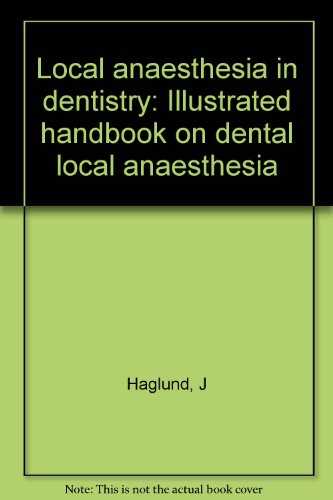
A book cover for Local anaesthesia in dentistry: Illustrated handbook on dental local anaesthesia; J Haglund; Medical Books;